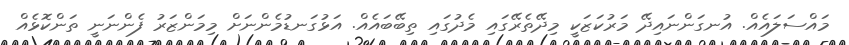
މައްސަލައެއް. އުނގަންނައިދޭ މަރުކަޒަކީ މިދޭތެރޭގައި މެދުގައި ތިބޭބައެއް. އަޅުގަނޑުމެންނަށް މިމަންޒަރު ފެންނަނީ ތަންކޮޅެއް